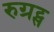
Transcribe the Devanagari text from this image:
रुग्रट्स